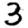
Digit: 3